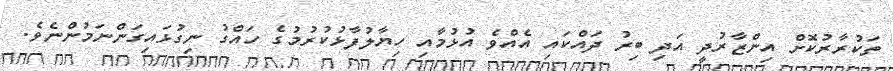
ތަކުރާރުކޮށް އިންޒާރުދީ އަދި ބިރު ދައްކައި އެއްވެ އުޅުމާއި ހިޔާލުފާޅުކުރުމުގެ ހައްގު ނިގުޅައިގަންނަމުންނެވެ.